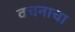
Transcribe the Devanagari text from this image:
वचनाचा